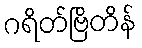
ဂရိတ်ဗြိတိန်